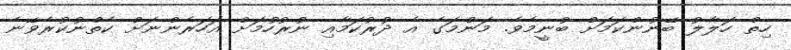
ހިތް ހަލާލު ބޭނުންކަމަށް ބުނީމެވެ. މަންމަގެ އެ ދުރުކަމާއި ނުރުހުމަށް އަހަރެންނަށް ކެތްނުކުރެވޭނެ